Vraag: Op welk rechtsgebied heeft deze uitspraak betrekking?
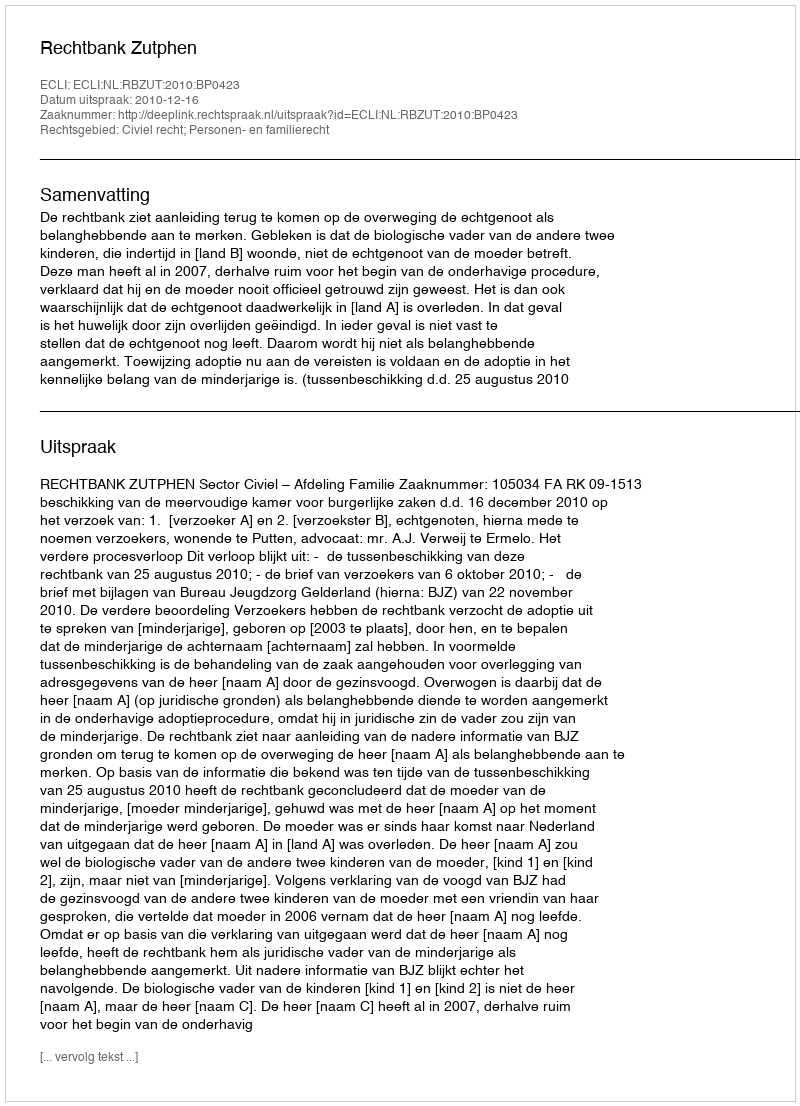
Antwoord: Civiel recht; Personen- en familierecht